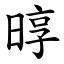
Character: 㬀